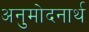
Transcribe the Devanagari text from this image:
अनुमोदनार्थ